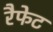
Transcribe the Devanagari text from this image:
रैफेट